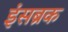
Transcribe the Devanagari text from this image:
इंसब्रक